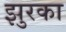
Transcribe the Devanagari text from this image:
झुरका